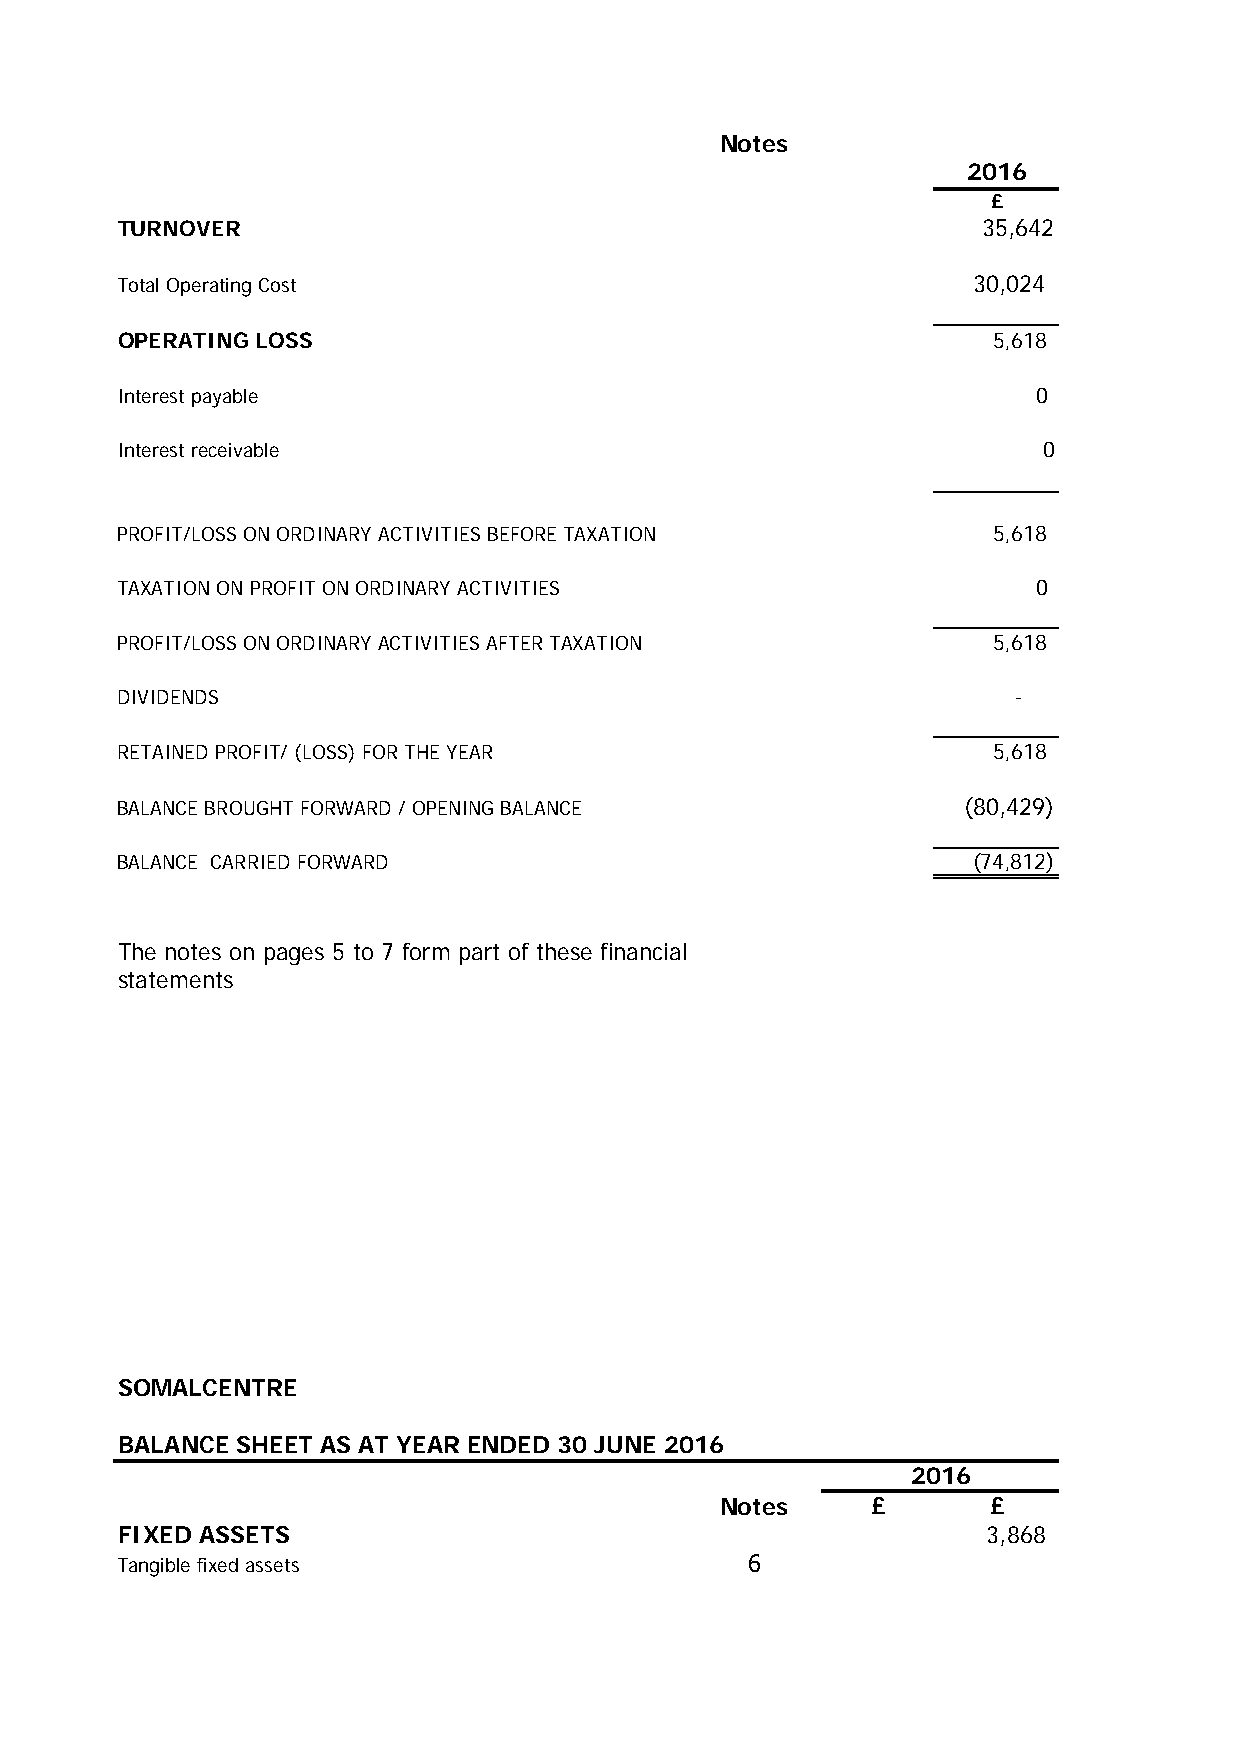
Notes
 2016
 £
 TURNOVER                                                 35,642
 Total Operating Cost                                     30,024
 OPERATING LOSS                                            5 ,618
 Interest payable                                             0
 Interest receivable                                          0
 PROFIT/LOSS ON ORDINARY ACTIVITIES BEFORE TAXATION        5 ,618
 TAXATION ON PROFIT ON ORDINARY ACTIVITIES                    0
 PROFIT/LOSS ON ORDINARY ACTIVITIES AFTER TAXATION         5 ,618
 DIVIDENDS                                                  -
 RETAINED PROFIT/ (LOSS) FOR THE YEAR                      5 ,618
 BALANCE BROUGHT FORWARD / OPENING BALANCE               ( 80,429)
 BALANCE CARRIED FORWARD                                  ( 74,812)
 The notes on pages 5 to 7 form part of these financial
 statements
 SOMALCENTRE
 BALANCE SHEET AS AT YEAR ENDED 30 JUNE 2016
 2016
 Notes     £       £
 FIXED ASSETS                                             3,868
 Tangible fixed assets                     6